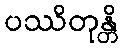
ပဿိတုန္တိ